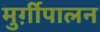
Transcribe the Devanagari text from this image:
मुर्ग़ीपालन